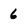
Character: 6